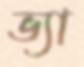
ভ্যা